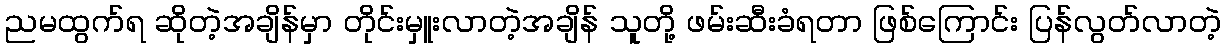
ညမထွက်ရ ဆိုတဲ့အချိန်မှာ တိုင်းမှူးလာတဲ့အချိန် သူတို့ ဖမ်းဆီးခံရတာ ဖြစ်ကြောင်း ပြန်လွတ်လာတဲ့